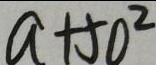
a + 5 0 ^ { 2 }